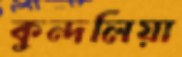
কুন্দলিয়া